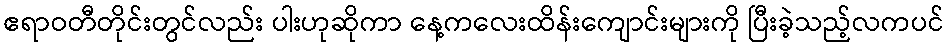
ဧရာဝတီတိုင်းတွင်လည်း ပါးဟုဆိုကာ နေ့ကလေးထိန်းကျောင်းများကို ပြီးခဲ့သည့်လကပင်